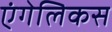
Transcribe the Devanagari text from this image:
एंगेलिकस